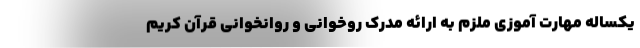
یکساله مهارت آموزی ملزم به ارائه مدرک روخوانی و روانخوانی قرآن کریم